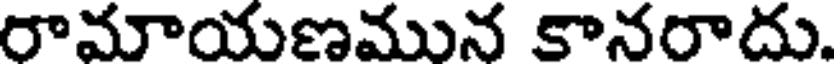
రామాయణమున కానరాదు.